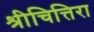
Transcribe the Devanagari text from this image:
श्रीचित्तिरा